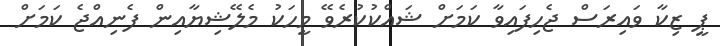
ޕީ ޒިކާ ވައިރަސް ޖެހިފައިވާ ކަމަށް ޝައްކުކުރެވޭ މީހަކު މެލޭޝިޔާއިން ފެނިއްޖެ ކަމަށް